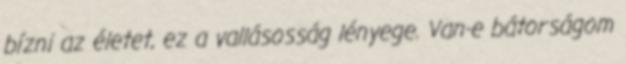
bízni az életet, ez a vallásosság lényege. Van-e bátorságom